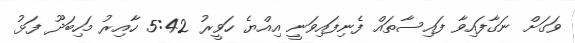
ވަގަށް ނަގާފައިވާ ފައިސާތައް ފެނިފައިވަނީ އިއްޔެ ހަވީރު 5:42 ހާއިރު މަހިބަދޫ ފަޅު